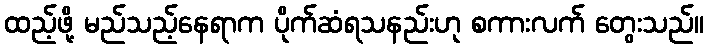
ထည့်ဖို့ မည်သည့်နေရာက ပိုက်ဆံရသနည်းဟု စကားလက် တွေးသည်။